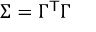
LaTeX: \Sigma = \Gamma ^ { \mathsf { T } } \Gamma